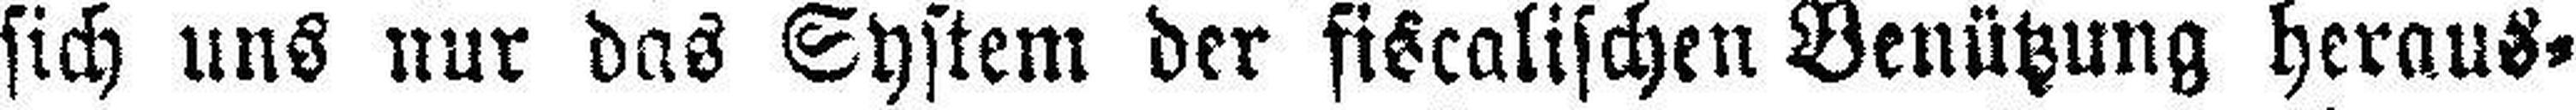
sich uns nur das System der fiscalischen Benützung heraus¬